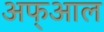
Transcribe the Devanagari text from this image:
अफ्आल